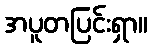
အပူတပြင်းရှာ။